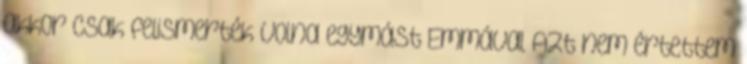
akkor csak felismerték volna egymást Emmával Azt nem értettem